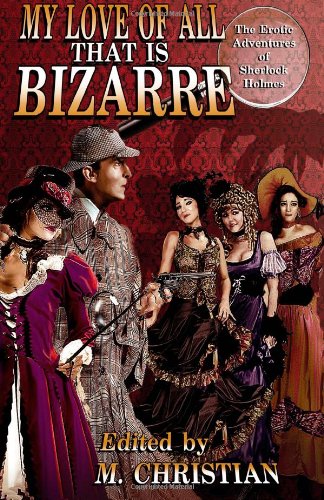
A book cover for My Love of All that is Bizarre: The Erotic Adventures of Sherlock Holmes; M. Christian; Romance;